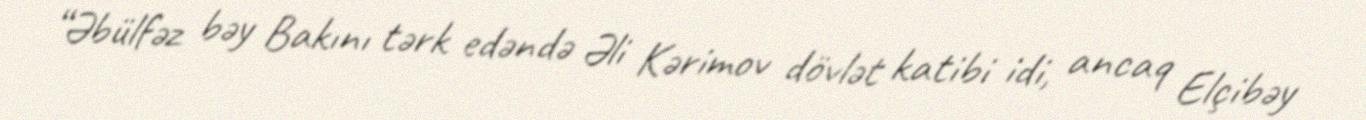
“Əbülfəz bəy Bakını tərk edəndə Əli Kərimov dövlət katibi idi, ancaq Elçibəy